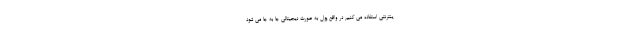
ینترنتی استفاده می کنیم در واقع پول به صورت دیجیتالی جا به جا می شود